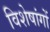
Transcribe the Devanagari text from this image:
विशेषांगों